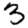
Digit: 3